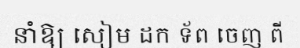
នាំឱ្យ សៀម ដក ទ័ព ចេញ ពី